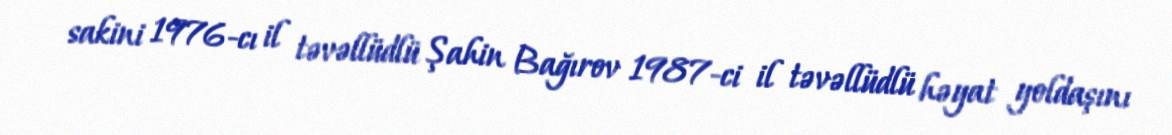
sakini 1976-cı il təvəllüdlü Şahin Bağırov 1987-ci il təvəllüdlü həyat yoldaşını